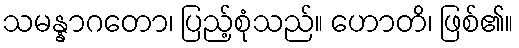
သမန္နာဂတော၊ ပြည့်စုံသည်။ ဟောတိ၊ ဖြစ်၏။